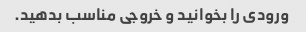
ورودی را بخوانید و خروجی مناسب بدهید.